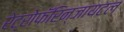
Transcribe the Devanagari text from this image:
रेट्रोफॅरिन्जायटल